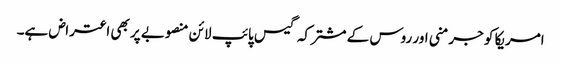
امریکا کو جرمنی اور روس کے مشترکہ گیس پائپ لائن منصوبے پر بھی اعتراض ہے۔